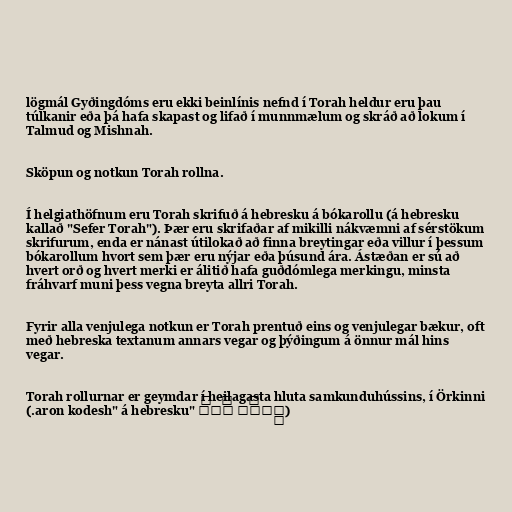
lögmál Gyðingdóms eru ekki beinlínis nefnd í Torah heldur eru þau
túlkanir eða þá hafa skapast og lifað í munnmælum og skráð að lokum í
Talmud og Mishnah.

Sköpun og notkun Torah rollna.

Í helgiathöfnum eru Torah skrifuð á hebresku á bókarollu (á hebresku
kallað "Sefer Torah"). Þær eru skrifaðar af mikilli nákvæmni af sérstökum
skrifurum, enda er nánast útilokað að finna breytingar eða villur í þessum
bókarollum hvort sem þær eru nýjar eða þúsund ára. Ástæðan er sú að
hvert orð og hvert merki er álitið hafa guðdómlega merkingu, minsta
fráhvarf muni þess vegna breyta allri Torah.

Fyrir alla venjulega notkun er Torah prentuð eins og venjulegar bækur, oft
með hebreska textanum annars vegar og þýðingum á önnur mál hins
vegar.

Torah rollurnar er geymdar í heilagasta hluta samkunduhússins, í Örkinni
(אֲרוֹן קֹדשׁ "aron kodesh" á hebresku.)